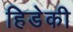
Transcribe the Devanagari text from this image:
हिडेकी